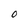
Character: O